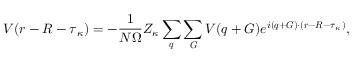
V ( \boldsymbol { r } - \boldsymbol { R } - \boldsymbol { \tau } _ { \kappa } ) = - \frac { 1 } { N \Omega } Z _ { \kappa } \sum _ { \boldsymbol { q } } \sum _ { \boldsymbol { G } } V ( \boldsymbol { q } + \boldsymbol { G ) } e ^ { i ( \boldsymbol { q } + \boldsymbol { G } ) \cdot ( \boldsymbol { r } - \boldsymbol { R } - \boldsymbol { \tau } _ { \kappa } ) } ,